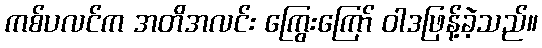
ကစ်ပလင်က အတိအလင်း ကြွေးကြော် ဝါဒဖြန့်ခဲ့သည်။